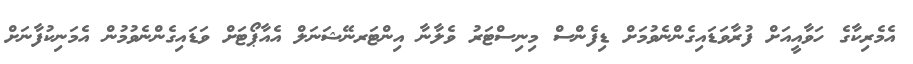
އެމެރިކާގެ ހަވާއީއަށް ފުރާވަޑައިގެންނެވުމަށް ޑިފެންސް މިނިސްޓަރު ވެލާނާ އިންޓަރނޭޝަނަލް އެއާޕޯޓަށް ވަޑައިގެންނެވުމުން އެމަނިކުފާނަށް